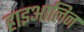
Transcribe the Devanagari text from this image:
हाइआलिन